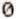
0